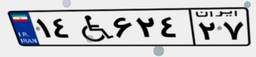
۱۴W۶۲۴۲۷